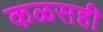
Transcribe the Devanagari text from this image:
कळसही